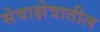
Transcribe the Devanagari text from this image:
सेवाक्षेत्रातील